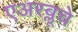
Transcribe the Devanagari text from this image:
एअरब्लूचे